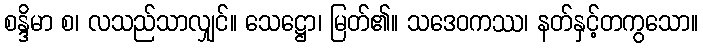
စန္ဒိမာ စ၊ လသည်သာလျှင်။ သေဋ္ဌော၊ မြတ်၏။ သဒေဝကဿ၊ နတ်နှင့်တကွသော။